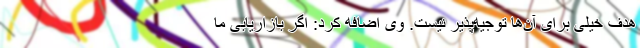
هدف خیلی برای آن‌ها توجیه‌پذیر نیست. وی اضافه کرد: اگر بازاریابی ما